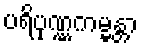
ပရိပုဏ္ဏကမ္မန္တာ